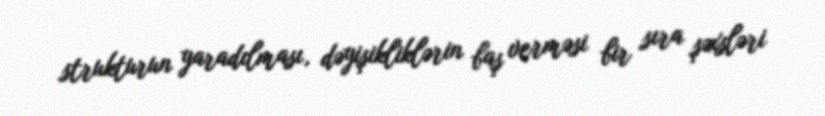
strukturun yaradılması, dəyişikliklərin baş verməsi bir sıra şəxsləri